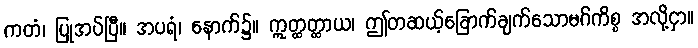
ကတံ၊ ပြုအပ်ပြီ။ အပရံ၊ နောက်၌။ ဣတ္ထတ္ထာယ၊ ဤတဆယ့်ခြောက်ချက်သောမဂ်ကိစ္စ အလို့ငှာ။